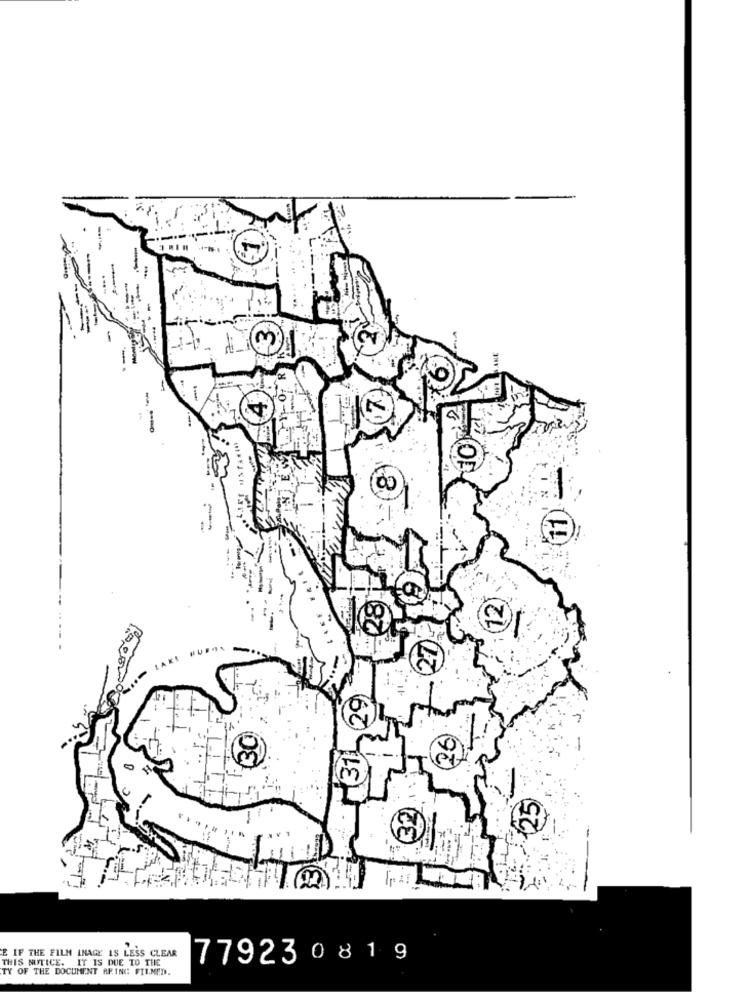
-
ANE
7
11 241
NOR
-
37
E IF THE FILM INAGE IS LESS CLEAR
THIS NOTICE. IT IS DUE TO THE
77923 0819
TY OF THE DOCUMENT BEING FILMED.